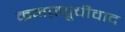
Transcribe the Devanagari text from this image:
कनफ़्यूचीवाद